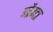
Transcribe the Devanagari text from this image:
मौग्टा